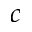
c